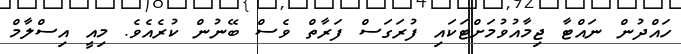
ހައްދުން ނައްޓާ ޖިމާއުވުމަށްޓަކައި ފުރަގަސް ފަރާތް ވެސް ބޭނުން ކުރެއެވެ. މިއީ އިސްލާމް